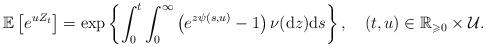
LaTeX: \begin{align*}\mathbb{E}\left[e^{uZ_{t}}\right]=\exp\left\lbrace \int_{0}^{t}\int_{0}^{\infty}\left(e^{z\psi(s,u)}-1\right)\nu(\mathrm{d}z)\mathrm{d}s\right\rbrace ,\quad(t,u)\in\mathbb{R}_{\geqslant0}\times\mathcal{U}.\end{align*}